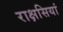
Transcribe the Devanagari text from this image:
राक्षसियां